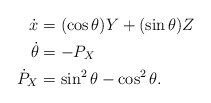
\begin{align*} \dot{x} & = (\cos \theta) Y + (\sin \theta) Z \\ \dot{\theta} & = -P_X \\ \dot{P}_X & = \sin^2 \theta - \cos^2 \theta.\end{align*}